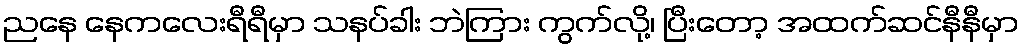
ညနေ နေကလေးရီရီမှာ သနပ်ခါး ဘဲကြား ကွက်လို့၊ ပြီးတော့ အထက်ဆင်နီနီမှာ